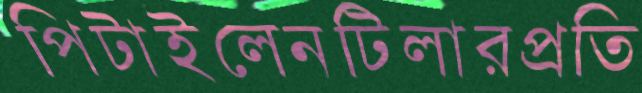
পিটাইলেনটিলারপ্রতি